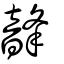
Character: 韸